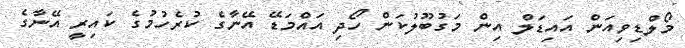
މޯލްޑިވިއަން އައިޑަލް އިން މަގުބޫލުކަން ހޯދި އައްމަޑޭ އޭނާގެ ކުރެހުމުގެ ކައިރީ އޭނާގެ